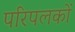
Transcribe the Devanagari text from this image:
परिपलकों